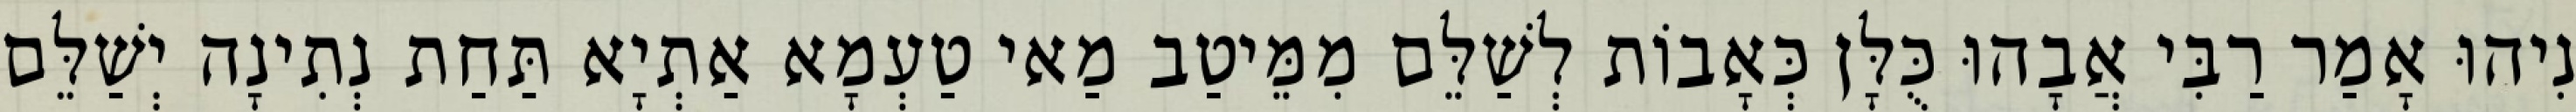
נִיהוּ אָמַר רַבִּי אֲבָהוּ כֻּלָּן כְּאָבוֹת לְשַׁלֵּם מִמֵּיטַב מַאי טַעְמָא אַתְיָא תַּחַת נְתִינָה יְשַׁלֵּם